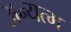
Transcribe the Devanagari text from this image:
अन्यत्म